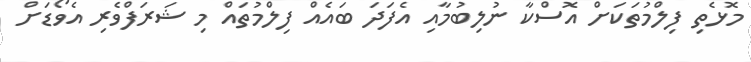
މޮޅެތި ފިލްމުތަކަށް އޮސްކާ ނުލިބުމާއި އެފަދަ ބައެއް ފިލްމުތައް މި ޝަރަފްވެރި އެވޯޑަށް